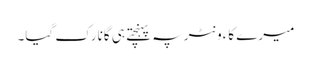
میرے کاءونٹر پہ پہنچتے ہی گانا رک گیا۔